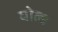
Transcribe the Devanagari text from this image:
घोल्ड